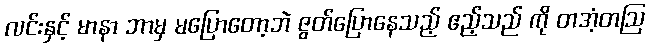
လင်းနှင့် မာနာ ဘာမှ မပြောတော့ဘဲ ဇွတ်ပြောနေသည့် ဧည့်သည် ကို တအံ့တဩ